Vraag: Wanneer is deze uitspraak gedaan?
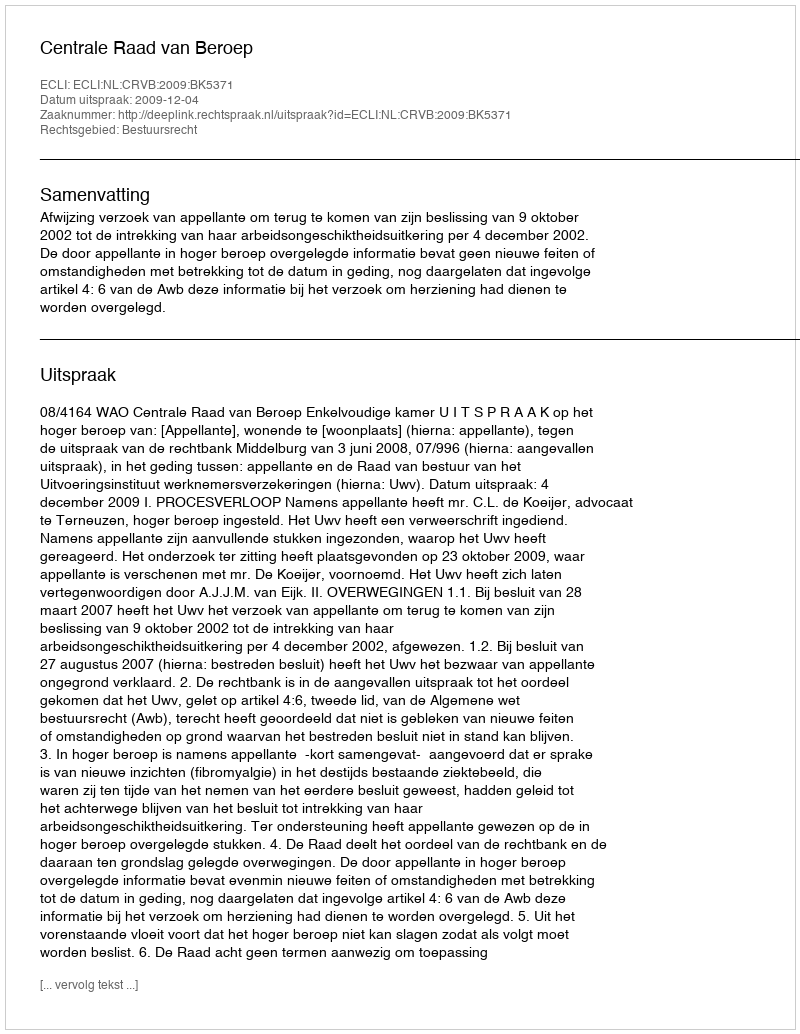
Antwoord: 2009-12-04